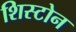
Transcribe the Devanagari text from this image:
शिस्टोन